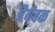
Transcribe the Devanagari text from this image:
त्रैयंबक